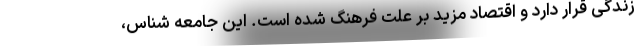
زندگی قرار دارد و اقتصاد مزید بر علت فرهنگ شده است. این جامعه شناس،